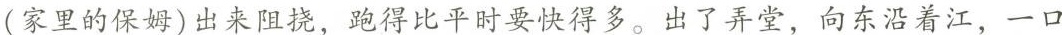
(家里的保姆)要出来阻挠，跑路跑得比平时只有得快些。出了弄堂，向东沿着江，一口